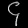
Digit: ၄